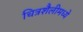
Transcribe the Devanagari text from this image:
चित्रशैलीमध्ये